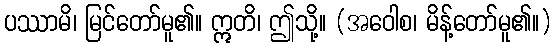
ပဿာမိ၊ မြင်တော်မူ၏။ ဣတိ၊ ဤသို့။ (အဝေါစ၊ မိန့်တော်မူ၏။)